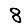
Digit: 8